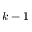
k - 1